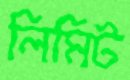
লিমিট